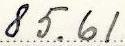
85.61